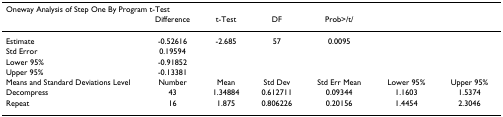
| <COLSPAN=7> Oneway Analysis of Step One By Program t-Test |
 |  | Difference | t-Test | DF | Prob>/t/ |  |  |
 | --- | --- | --- | --- | --- | --- | --- |
 | Estimate | -0.52616 | -2.685 | 57 | 0.0095 |  |  |
 | Std Error | 0.19594 |  |  |  |  |  |
 | Lower 95% | -0.91852 |  |  |  |  |  |
 | Upper 95% | -0.13381 |  |  |  |  |  |
 | Means and Standard Deviations Level | Number | Mean | Std Dev | Std Err Mean | Lower 95% | Upper 95% |
 | Decompress | 43 | 1.34884 | 0.612711 | 0.09344 | 1.1603 | 1.5374 |
 | Repeat | 16 | 1.875 | 0.806226 | 0.20156 | 1.4454 | 2.3046 |